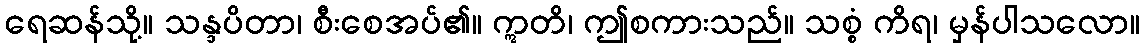
ရေဆန်သို့။ သန္ဒပိတာ၊ စီးစေအပ်၏။ ဣတိ၊ ဤစကားသည်။ သစ္စံ ကိရ၊ မှန်ပါသလော။